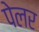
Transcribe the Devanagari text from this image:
पेलर